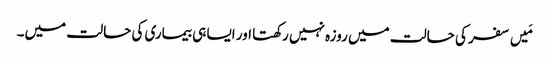
مَیں سفر کی حالت میں روزہ نہیں رکھتا اور ایسا ہی بیماری کی حالت میں۔